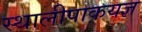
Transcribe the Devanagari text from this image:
स्थालीपाकयज्ञ